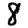
Digit: 8